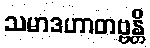
သမာဒဟာတဗ္ဗန္တိ